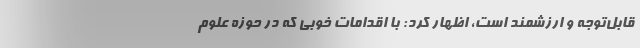
قابل‌توجه و ارزشمند است، اظهار کرد: با اقدامات خوبی که در حوزه علوم